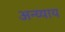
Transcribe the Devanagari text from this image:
अन्य्याय